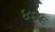
૪૪૬